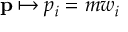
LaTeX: \mathbf { p } \mapsto p _ { i } = m w _ { i }